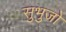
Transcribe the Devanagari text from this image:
सुभुजो